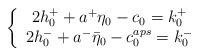
LaTeX: \begin{align*}\left\{ \begin{array}{ccc}2h^+_0+a^+\eta_0-c_0=k^+_0\\2h^-_0+a^-\bar{\eta}_0-c_0^{aps}=k^-_0\end{array} \right.\end{align*}